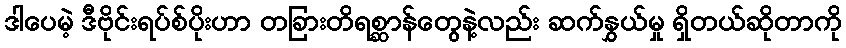
ဒါပေမဲ့ ဒီဗိုင်းရပ်စ်ပိုးဟာ တခြားတိရစ္ဆာန်တွေနဲ့လည်း ဆက်နွှယ်မှု ရှိတယ်ဆိုတာကို